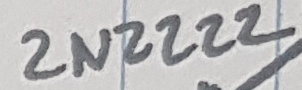
Text: 2N2222